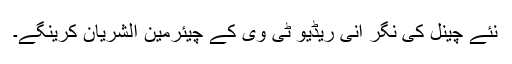
نئے چینل کی نگر انی ریڈیو ٹی وی کے چیئرمین الشریان کرینگے۔